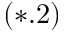
( * . 2 )